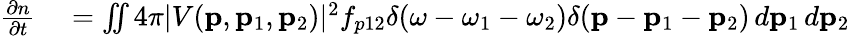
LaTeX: \begin{array}{rl}{\frac{\partial n}{\partial t}}&{{}=\iint 4\pi|V(\mathbf{p},\mathbf{p}_{1},\mathbf{p}_{2})|^{2}f_{p12}\delta(\omega-\omega_{1}-\omega_{2})\delta(\mathbf{p}-\mathbf{p}_{1}-\mathbf{p}_{2})\, d\mathbf{p}_{1}\, d\mathbf{p}_{2}}\end{array}